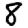
Digit: 8